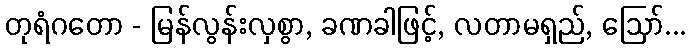
တုရံဂတော - မြန်လွန်းလှစွာ, ခဏခါဖြင့်, လတာမရှည်, ဩော်...